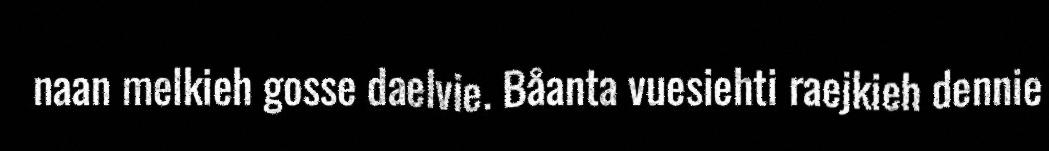
naan melkieh gosse daelvie. Båanta vuesiehti raejkieh dennie